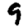
Digit: 9